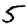
Digit: 5